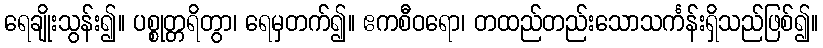
ရေချိုးသွန်း၍။ ပစ္စုတ္တရိတွာ၊ ရေမှတက်၍။ ဧကစီဝရော၊ တထည်တည်းသောသင်္ကန်းရှိသည်ဖြစ်၍။